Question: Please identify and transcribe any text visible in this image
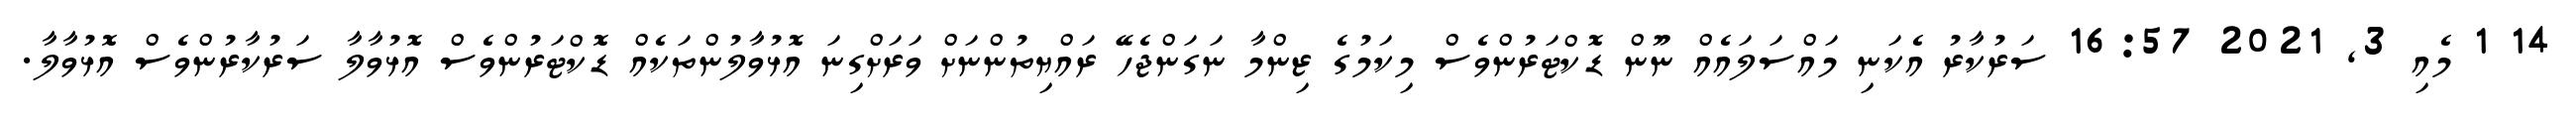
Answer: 14 1 މެއި 3, 2021 16:57 ސަރުކާރު އެކަނި މައްސަލައެއް ނޫން ޑޮކްޓަރުންވެސް މިކަމުގެ ޒިންމާ ނަގަންޖެހޭ ރައްޔިތުންނަށް ވަރަށްގިނަ އޮޅުވާލުންތަކެއް ޑޮކްޓަރުންވެސް އޮޅުވާލާ ސަރުކާރުންވެސް އޮޅުވާލާ.